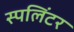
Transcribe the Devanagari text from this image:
स्पलिंटर